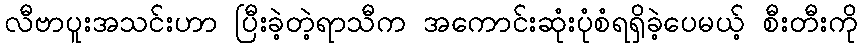
လီဗာပူးအသင်းဟာ ပြီးခဲ့တဲ့ရာသီက အကောင်းဆုံးပုံစံရရှိခဲ့ပေမယ့် စီးတီးကို